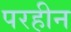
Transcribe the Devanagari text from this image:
परहीन